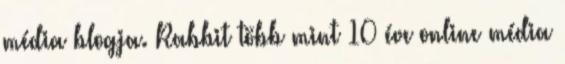
média blogja. Rabbit több mint 10 éve online média